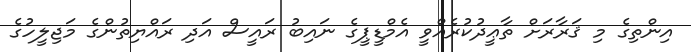
އިންތިގެ މި ޤަރާރަށް ތާޢީދުކުރެއްވީ އެމްޑީޕީގެ ނައިބު ރައީސް އަދި ރައްޔިތުންގެ މަޖިލީހުގެ